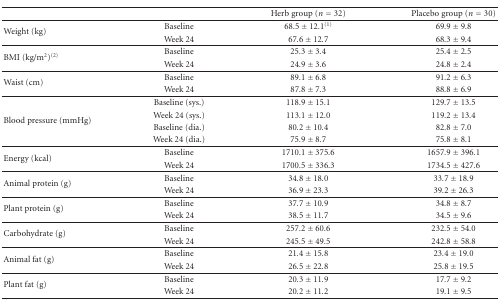
<table><thead><tr><td></td><td></td><td><b>Herb group (<i>n</i> = 32)</b></td><td><b>Placebo group (<i>n</i> = 30)</b></td></tr></thead><tbody><tr><td rowspan="2">Weight (kg)</td><td>Baseline</td><td>68.5 ± 12.1<sup>(1)</sup></td><td>69.9 ± 9.8</td></tr><tr><td>Week 24</td><td>67.6 ± 12.7</td><td>68.3 ± 9.4</td></tr><tr><td rowspan="2">BMI (kg/m<sup>2</sup>)<sup>(2)</sup></td><td>Baseline</td><td>25.3 ± 3.4</td><td>25.4 ± 2.5</td></tr><tr><td>Week 24</td><td>24.9 ± 3.6</td><td>24.8 ± 2.4</td></tr><tr><td rowspan="2">Waist (cm)</td><td>Baseline</td><td>89.1 ± 6.8</td><td>91.2 ± 6.3</td></tr><tr><td>Week 24</td><td>87.8 ± 7.3</td><td>88.8 ± 6.9</td></tr><tr><td rowspan="4">Blood pressure (mmHg)</td><td>Baseline (sys.)</td><td>118.9 ± 15.1</td><td>129.7 ± 13.5</td></tr><tr><td>Week 24 (sys.)</td><td>113.1 ± 12.0</td><td>119.2 ± 13.4</td></tr><tr><td>Baseline (dia.)</td><td>80.2 ± 10.4</td><td>82.8 ± 7.0</td></tr><tr><td>Week 24 (dia.)</td><td>75.9 ± 8.7</td><td>75.8 ± 8.1</td></tr><tr><td rowspan="2">Energy (kcal)</td><td>Baseline</td><td>1710.1 ± 375.6</td><td>1657.9 ± 396.1</td></tr><tr><td>Week 24</td><td>1700.5 ± 336.3</td><td>1734.5 ± 427.6</td></tr><tr><td rowspan="2">Animal protein (g)</td><td>Baseline</td><td>34.8 ± 18.0</td><td>33.7 ± 18.9</td></tr><tr><td>Week 24</td><td>36.9 ± 23.3</td><td>39.2 ± 26.3</td></tr><tr><td rowspan="2">Plant protein (g)</td><td>Baseline</td><td>37.7 ± 10.9</td><td>34.8 ± 8.7</td></tr><tr><td>Week 24</td><td>38.5 ± 11.7</td><td>34.5 ± 9.6</td></tr><tr><td rowspan="2">Carbohydrate (g)</td><td>Baseline</td><td>257.2 ± 60.6</td><td>232.5 ± 54.0</td></tr><tr><td>Week 24</td><td>245.5 ± 49.5</td><td>242.8 ± 58.8</td></tr><tr><td rowspan="2">Animal fat (g)</td><td>Baseline</td><td>21.4 ± 15.8</td><td>23.4 ± 19.0</td></tr><tr><td>Week 24</td><td>26.5 ± 22.8</td><td>25.8 ± 19.5</td></tr><tr><td rowspan="2">Plant fat (g)</td><td>Baseline</td><td>20.3 ± 11.9</td><td>17.7 ± 9.2</td></tr><tr><td>Week 24</td><td>20.2 ± 11.2</td><td>19.1 ± 9.5</td></tr></tbody></table>